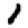
Digit: 1